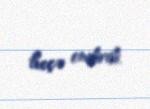
heçə endirdi.